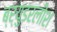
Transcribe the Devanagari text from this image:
ब्र्युडरलीश